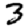
Digit: 3